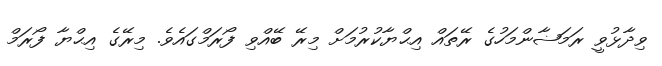
ވިދާޅުވީ ރަމަޟާންމަހުގެ ރޭތައް އިޙްޔާކުރުމަށް މިރޭ ބޭއްވި ފޯރަމްގައެވެ. މިރޭގެ އިޙްޔާ ފޯރަމް